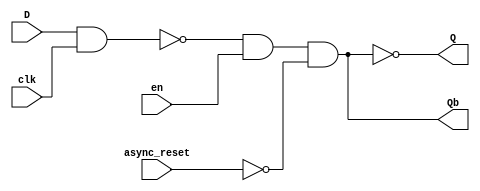
//
//D-FlipFlop Behavioral
//

module DFlipFlop(D,clk,en,async_reset,Q,Qb);
  output Q, Qb;
  input D, clk, en, async_reset;

  assign Q = ~(~(D & clk) & en & ~async_reset);
  assign Qb= (~(D & clk) & en & ~async_reset);

endmodule